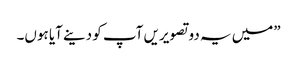
”میں یہ دو تصویریں آپ کو دینے آیا ہوں۔